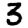
Digit: 3